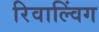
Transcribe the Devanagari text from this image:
रिवाल्विंग